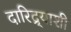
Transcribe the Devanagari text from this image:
दारिद्र्‍याशी